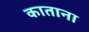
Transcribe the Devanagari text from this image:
काताना